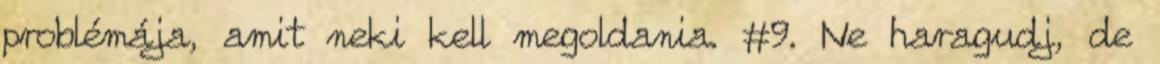
problémája, amit neki kell megoldania. #9. Ne haragudj, de